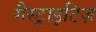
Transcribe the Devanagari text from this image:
गैस्ट्राइटिज़